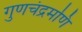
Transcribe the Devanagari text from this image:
गुणचंद्रमणि